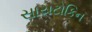
સાયટોકિન